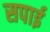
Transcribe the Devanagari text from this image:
सपाई